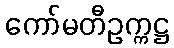
ကော်မတီဥက္ကဋ္ဌ